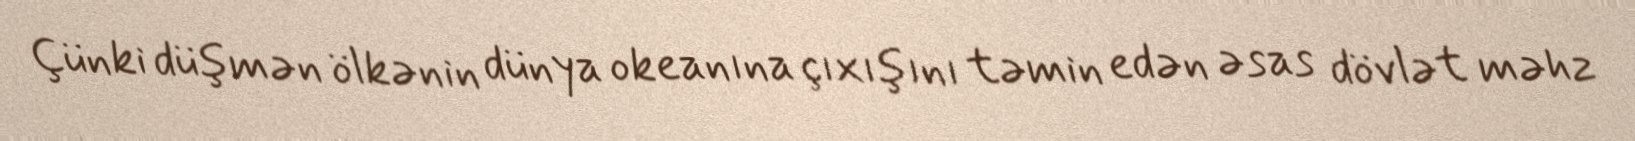
Çünki düşmən ölkənin dünya okeanına çıxışını təmin edən əsas dövlət məhz